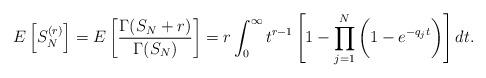
LaTeX: \begin{align*}E\left[S_N^{(r)}\right] = E\left[\frac{\Gamma(S_N + r)}{\Gamma(S_N)}\right]= r \int_0^{\infty} t^{r-1} \left[1 - \prod_{j=1}^N \bigg(1 - e^{-q_j t}\bigg)\right] dt.\end{align*}